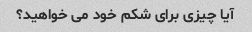
آیا چیزی برای شکم خود می خواهید؟